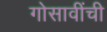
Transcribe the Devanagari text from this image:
गोसावींची